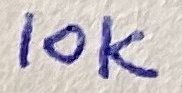
Text: 10K